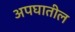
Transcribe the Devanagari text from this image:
अपघातील